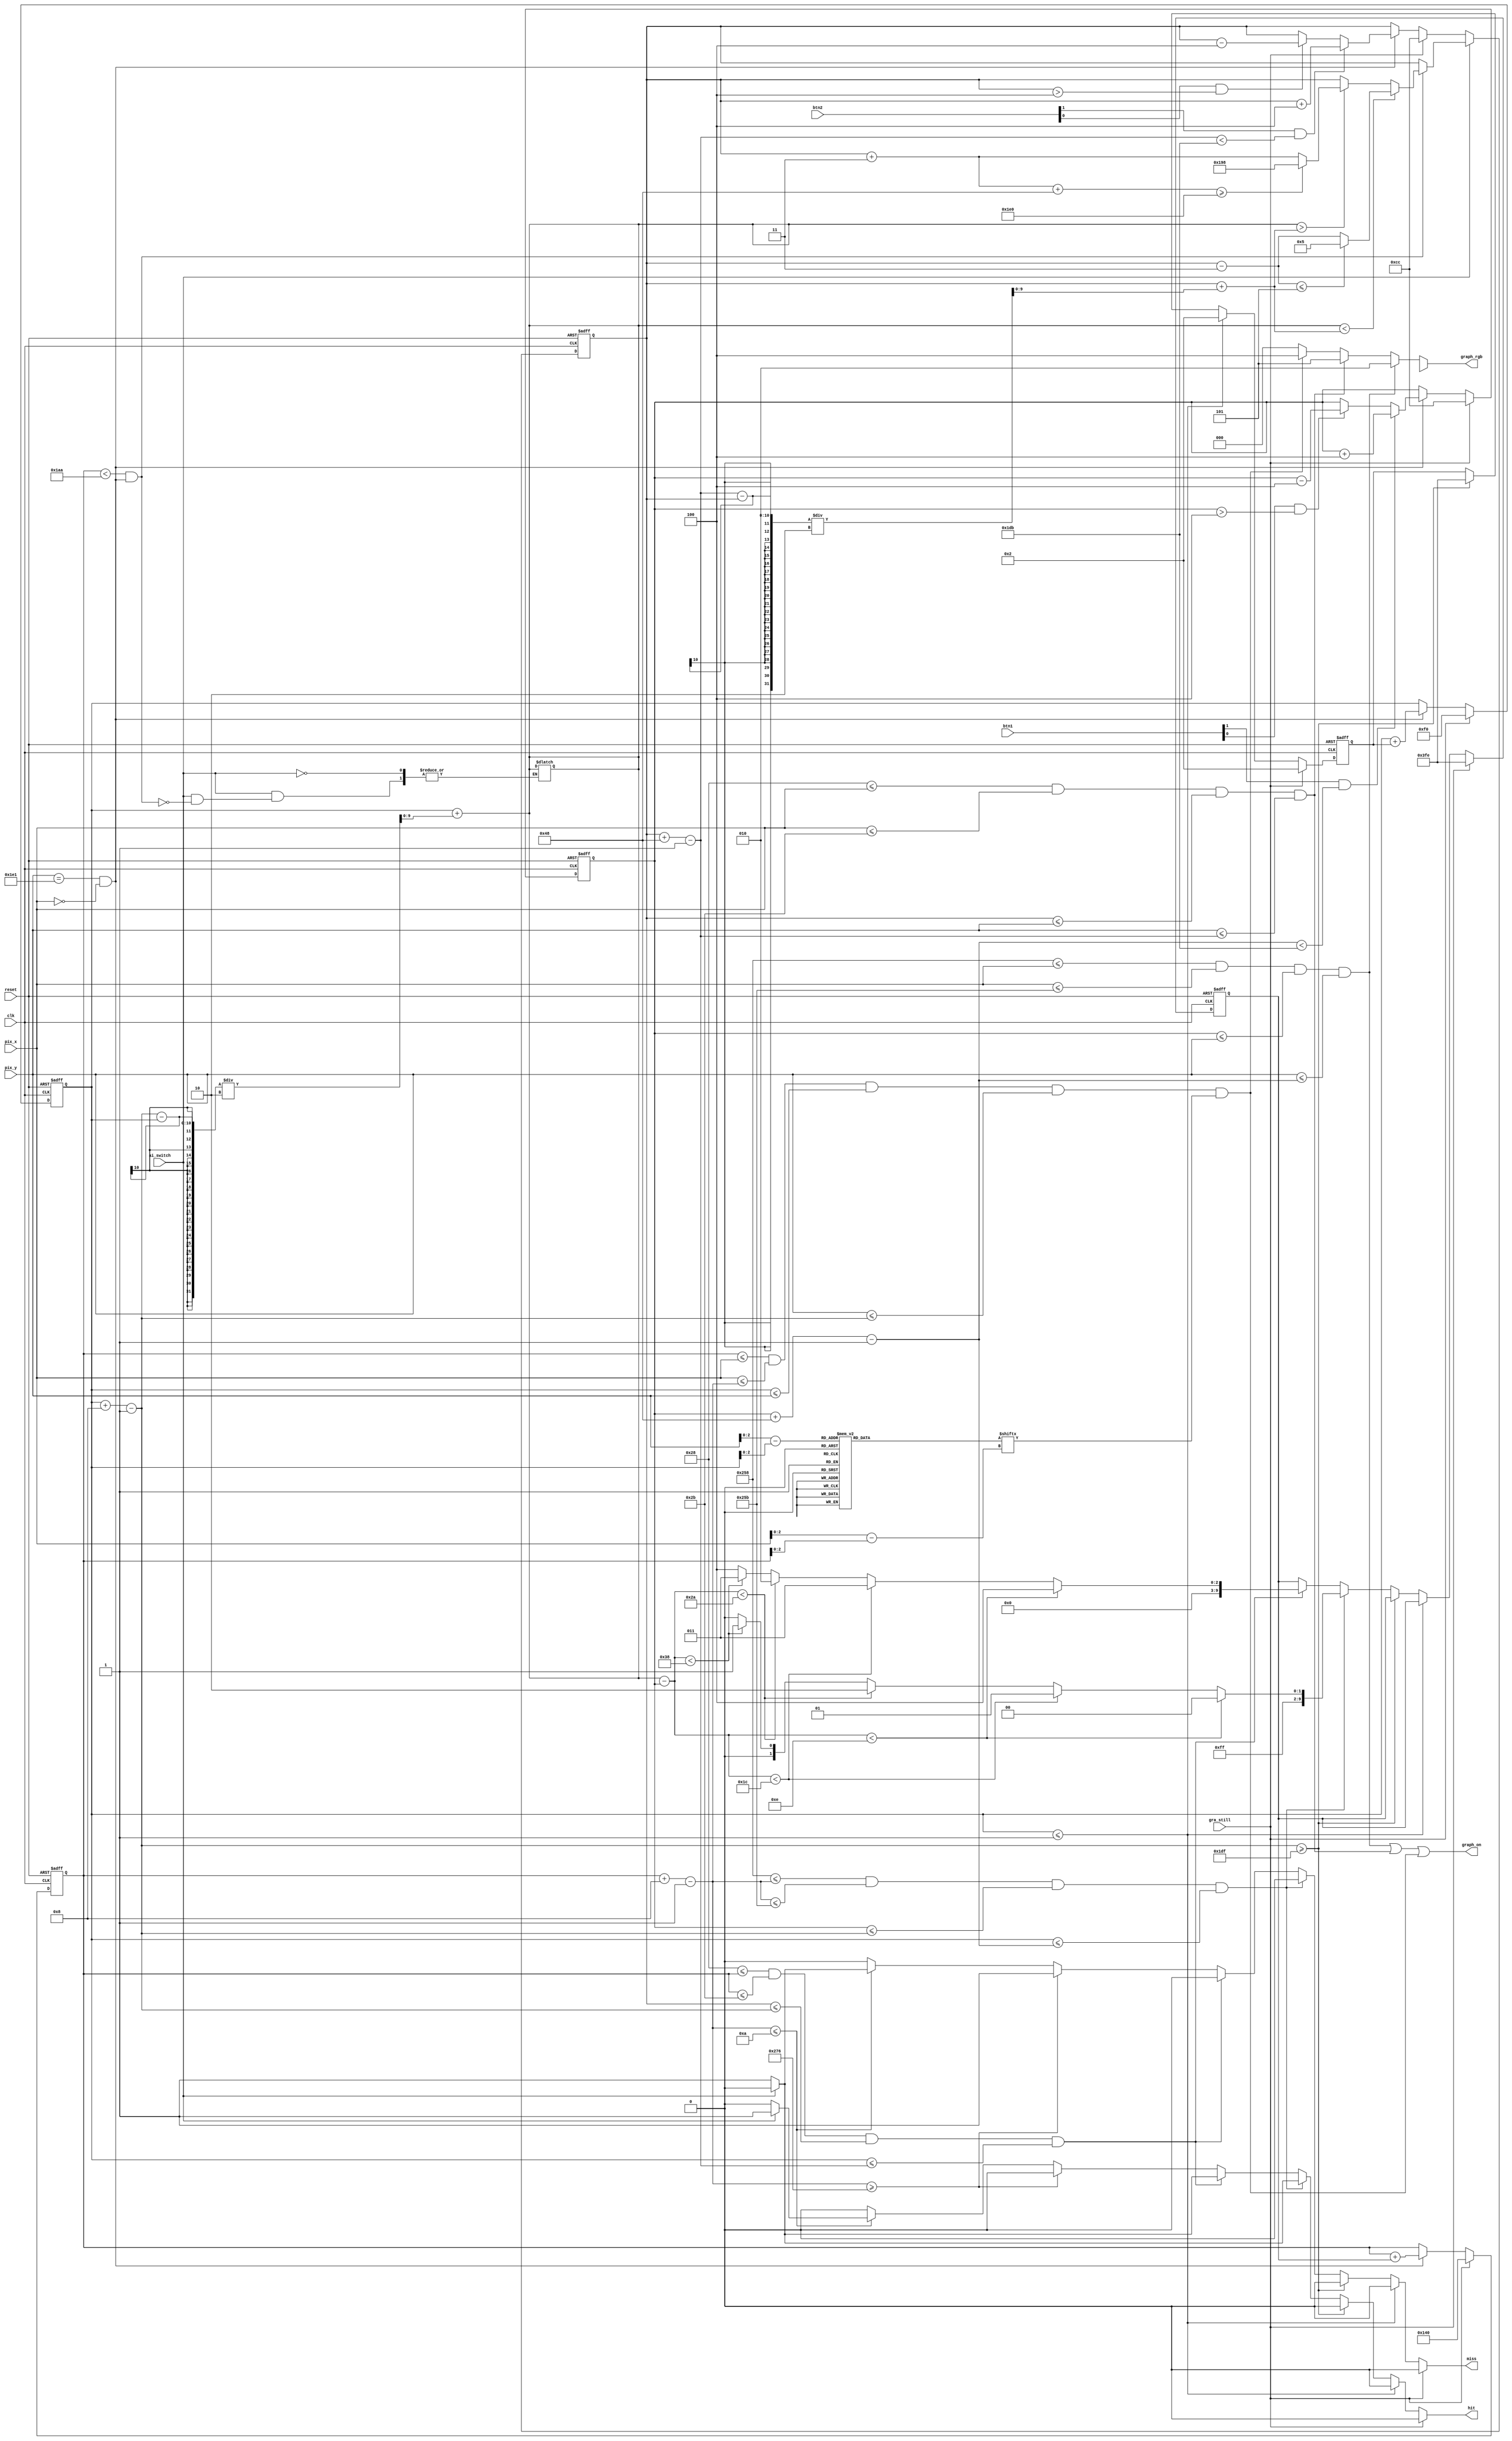
// Listing 14.7
module pong_graph 
   (
    input wire clk, reset,
    input wire [1:0] btn1,
    input wire [1:0] btn2,
    input wire ai_switch,
    input wire [9:0] pix_x, pix_y,
    input wire gra_still,
    output wire graph_on,
    output reg hit, miss,
    output reg [2:0] graph_rgb
   );

   // costant and signal declaration
   // x, y coordinates (0,0) to (639,479)
   localparam MAX_X = 640;
   localparam MAX_Y = 480;
   wire refr_tick;
   //--------------------------------------------
   // vertical strip as a wall
   //--------------------------------------------
   // wall left, right boundary
   //localparam WALL_X_L = 32;
   //localparam WALL_X_R = 35;
   //--------------------------------------------
   // right vertical bar
   //--------------------------------------------
   // bar left, right boundary
   localparam BARR_X_L = 600;
   localparam BARR_X_R = 603;
   // bar top, bottom boundary
   wire [9:0] barr_y_t, barr_y_b;
   localparam BARR_Y_SIZE = 72;
   // register to track top boundary  (x position is fixed)
   reg [9:0] barr_y_reg, barr_y_next;
   // bar moving velocity when the button are pressed
   localparam BARR_V = 4;
   //--------------------------------------------
   // left vertical bar
   //--------------------------------------------
   // bar left, right boundary
   localparam BARL_X_L = 40;
   localparam BARL_X_R = 43;
   // bar top, bottom boundary
   wire [9:0] barl_y_t, barl_y_b;
   localparam BARL_Y_SIZE = 72;
   // register to track top boundary  (x position is fixed)
   reg [9:0] barl_y_reg, barl_y_next;
   // bar moving velocity when the button are pressed
   localparam BARL_V = 4;
   //--------------------------------------------
   // square ball
   //--------------------------------------------
   localparam BALL_SIZE = 8;
   // ball left, right boundary
   wire [9:0] ball_x_l, ball_x_r;
   // ball top, bottom boundary
   wire [9:0] ball_y_t, ball_y_b;
   // reg to track left, top position
   reg [9:0] ball_x_reg, ball_y_reg;
   wire [9:0] ball_x_next, ball_y_next;
   // reg to track ball speed
   reg [9:0] x_delta_reg, x_delta_next;
   reg [9:0] y_delta_reg, y_delta_next;
   // ball velocity can be pos or neg)
   localparam BALL_V_P = 2;
   localparam BALL_V_N = -2;
   //--------------------------------------------
   // round ball 
   //--------------------------------------------
   wire [2:0] rom_addr, rom_col;
   reg [7:0] rom_data;
   wire rom_bit;
   //--------------------------------------------
   // object output signals
   //--------------------------------------------
   wire wall_on, barr_on, barl_on, sq_ball_on, rd_ball_on;
   wire [2:0] wall_rgb, barr_rgb, barl_rgb, ball_rgb;
   //--------------------------------------------
   // AI variables
   //--------------------------------------------
   reg [9:0] ball_center;
   reg [9:0] paddlel_center;
   reg [9:0] paddler_center;
   //--------------------------------------------
   // Angle varibles
   //--------------------------------------------
   reg [9:0] hit_point;
   // body 
   //--------------------------------------------
   // round ball image ROM
   //--------------------------------------------
   always @*
   case (rom_addr)
      3'h0: rom_data = 8'b00111100; //   ****
      3'h1: rom_data = 8'b01111110; //  ******
      3'h2: rom_data = 8'b11111111; // ********
      3'h3: rom_data = 8'b11111111; // ********
      3'h4: rom_data = 8'b11111111; // ********
      3'h5: rom_data = 8'b11111111; // ********
      3'h6: rom_data = 8'b01111110; //  ******
      3'h7: rom_data = 8'b00111100; //   ****
   endcase
   
   // registers
   always @(posedge clk, posedge reset)
      if (reset)
         begin
            barr_y_reg <= 0;
            barl_y_reg <= 0;
            ball_x_reg <= 0;
            ball_y_reg <= 0;
            x_delta_reg <= 10'h004;
            y_delta_reg <= 10'h004;
         end   
      else
         begin
            barr_y_reg <= barr_y_next;
            barl_y_reg <= barl_y_next;
            ball_x_reg <= ball_x_next;
            ball_y_reg <= ball_y_next;
            x_delta_reg <= x_delta_next;
            y_delta_reg <= y_delta_next;
         end   

   // refr_tick: 1-clock tick asserted at start of v-sync
   //       i.e., when the screen is refreshed (60 Hz)
   assign refr_tick = (pix_y==481) && (pix_x==0);
   
   // //--------------------------------------------
   // // (wall) left vertical strip
   // //--------------------------------------------
   // // pixel within wall
   // assign wall_on = (WALL_X_L<=pix_x) && (pix_x<=WALL_X_R);
   // // wall rgb output
   // assign wall_rgb = 3'b001; // blue

   //--------------------------------------------
   // right vertical bar
   //--------------------------------------------
   // boundary
   assign barr_y_t = barr_y_reg;
   assign barr_y_b = barr_y_t + BARR_Y_SIZE - 1;
   // pixel within bar
   assign barr_on = (BARR_X_L<=pix_x) && (pix_x<=BARR_X_R) &&
                   (barr_y_t<=pix_y) && (pix_y<=barr_y_b); 
   // bar rgb output
   assign barr_rgb = 3'b010; // green
   // new bar y-position
   always @*
   begin
      barr_y_next = barr_y_reg; // no move
      if (gra_still) // initial position of paddle
         barr_y_next = (MAX_Y-BARR_Y_SIZE)/2;
      else if (refr_tick)
         if (btn1[1] & (barr_y_b < (MAX_Y-1-BARR_V)))
            barr_y_next = barr_y_reg + BARR_V; // move down
         else if (btn1[0] & (barr_y_t > BARR_V)) 
            barr_y_next = barr_y_reg - BARR_V; // move up
   end  
   
   // //--------------------------------------------
   // // left vertical bar (HUMAN)
   // //--------------------------------------------
   // // boundary
   // assign barl_y_t = barl_y_reg;
   // assign barl_y_b = barl_y_t + BARL_Y_SIZE - 1;
   // // pixel within bar
   // assign barl_on = (BARL_X_L<=pix_x) && (pix_x<=BARL_X_R) &&
   //                 (barl_y_t<=pix_y) && (pix_y<=barl_y_b); 
   // // bar rgb output
   // assign barl_rgb = 3'b101; // purple
   // // new bar y-position
   // always @*
   // begin
   //    barl_y_next = barl_y_reg; // no move
   //    if (gra_still) // initial position of paddle
   //       barl_y_next = (MAX_Y-BARL_Y_SIZE)/2;
   //    else if (refr_tick)
   //       if (btn2[1] & (barl_y_b < (MAX_Y-1-BARL_V)))
   //          barl_y_next = barl_y_reg + BARL_V; // move down
   //       else if (btn2[0] & (barl_y_t > BARL_V)) 
   //          barl_y_next = barl_y_reg - BARL_V; // move up
   // end
   
   //--------------------------------------------
   // left vertical bar (AI/HUMAN)
   //--------------------------------------------
   // boundary
   assign barl_y_t = barl_y_reg;
   assign barl_y_b = barl_y_t + BARL_Y_SIZE - 1;
   // pixel within bar
   assign barl_on = (BARL_X_L<=pix_x) && (pix_x<=BARL_X_R) &&
                   (barl_y_t<=pix_y) && (pix_y<=barl_y_b); 
   // bar rgb output
   assign barl_rgb = 3'b101; // purple
   // new bar y-position
   always @*
   begin
      if (ai_switch)
         begin
            if (ball_x_l < 2*(MAX_X / 3) && refr_tick)
               begin
                  ball_center = ball_y_t + ((ball_y_b - ball_y_t) / 2);
                  paddlel_center = barl_y_t + ((barl_y_b - barl_y_t) / 2);
                  if (ball_center < paddlel_center)
                     begin
                        barl_y_next = barl_y_reg - 3; // move up
                        if (barl_y_next <= 5)
                           barl_y_next = 5;
                     end
                  else if (ball_center > paddlel_center)
                     begin
                        barl_y_next = barl_y_reg + 3; // move down
                        if (barl_y_next + BARL_Y_SIZE >= MAX_Y)
                           barl_y_next = MAX_Y - BARL_Y_SIZE;
                     end
                  else
                     barl_y_next = barl_y_reg; // no move
               end
            else
               barl_y_next = barl_y_reg; // no move
         end
      else
         begin
            barl_y_next = barl_y_reg; // no move
            if (gra_still) // initial position of paddle
               barl_y_next = (MAX_Y-BARL_Y_SIZE)/2;
            else if (refr_tick)
               if (btn2[1] && (barl_y_b < (MAX_Y-1-BARL_V)))
                  barl_y_next = barl_y_reg + BARL_V; // move down
               else if (btn2[0] && (barl_y_t > BARL_V)) 
                  barl_y_next = barl_y_reg - BARL_V; // move up
         end
   end
   
   //--------------------------------------------
   // square ball
   //--------------------------------------------
   // boundary
   assign ball_x_l = ball_x_reg;
   assign ball_y_t = ball_y_reg;
   assign ball_x_r = ball_x_l + BALL_SIZE - 1;
   assign ball_y_b = ball_y_t + BALL_SIZE - 1;
   // pixel within ball
   assign sq_ball_on =
            (ball_x_l<=pix_x) && (pix_x<=ball_x_r) &&
            (ball_y_t<=pix_y) && (pix_y<=ball_y_b);
   // map current pixel location to ROM addr/col
   assign rom_addr = pix_y[2:0] - ball_y_t[2:0];
   assign rom_col = pix_x[2:0] - ball_x_l[2:0];
   assign rom_bit = rom_data[rom_col];
   // pixel within ball
   assign rd_ball_on = sq_ball_on & rom_bit;
   // ball rgb output
   assign ball_rgb = 3'b100;   // black
  
   // new ball position
   assign ball_x_next = (gra_still) ? MAX_X/2 :
                        (refr_tick) ? ball_x_reg+x_delta_reg :
                        ball_x_reg ;
   assign ball_y_next = (gra_still) ? MAX_Y/2 :
                        (refr_tick) ? ball_y_reg+y_delta_reg :
                        ball_y_reg ;
   // new ball velocity
   always @*   
   begin
      hit = 1'b0;
      miss = 1'b0;
      x_delta_next = x_delta_reg;
      y_delta_next = y_delta_reg;
      
      ball_center = ball_y_t + ((ball_y_b - ball_y_t) / 2);
      
      if (gra_still)     // initial velocity
         begin
            x_delta_next = BALL_V_N;
            y_delta_next = BALL_V_P;
         end   
      else if (ball_y_t <= 1) // reach top
         y_delta_next = BALL_V_P;
      else if (ball_y_b >= (MAX_Y-1)) // reach bottom
         y_delta_next = BALL_V_N;
      else if ((BARR_X_L<=ball_x_r) && (ball_x_r<=BARR_X_R) &&
               (barr_y_t<=ball_y_b) && (ball_y_t<=barr_y_b))
         begin
            // reach x of right bar and hit, ball bounce back
            //x_delta_next = BALL_V_N;
            hit_point = ball_center - barr_y_t;
            if (hit_point < (BARR_Y_SIZE / 5))
               x_delta_next = -4;
            else if (hit_point < 2*(BARR_Y_SIZE / 5))
               x_delta_next = -3;
            else if (hit_point < 3*(BARR_Y_SIZE / 5))
               x_delta_next = -2;
            else if (hit_point < 4*(BARR_Y_SIZE / 5))
               x_delta_next = -3;
            else
               x_delta_next = -4;
               
            if (ai_switch)
               hit = 1'b0;
            else
               hit = 1'b1;
         end
      else if ((BARL_X_L<=ball_x_l) && (ball_x_l<=BARL_X_R) &&
               (barl_y_t<=ball_y_b) && (ball_y_t<=barl_y_b))
         begin
            // reach x of left bar and hit, ball bounce back
            //x_delta_next = BALL_V_P;
            hit_point = ball_center - barr_y_t;
            if (hit_point < (BARR_Y_SIZE / 5))
               x_delta_next = 4;
            else if (hit_point < 2*(BARR_Y_SIZE / 5))
               x_delta_next = 3;
            else if (hit_point < 3*(BARR_Y_SIZE / 5))
               x_delta_next = 2;
            else if (hit_point < 4*(BARR_Y_SIZE / 5))
               x_delta_next = 3;
            else
               x_delta_next = 4;
               
            if (ai_switch)
               hit = 1'b0;
            else
               hit = 1'b1;
         end
      else if (ball_x_r >= MAX_X - 10)   // reach right border
         miss = 1'b1;            // a miss
      else if (ball_x_r <= 10)   // reach left border
         begin
            if (ai_switch)
               hit = 1'b1;
            else
               miss = 1'b1;
         end
   end 

   //--------------------------------------------
   // rgb multiplexing circuit
   //--------------------------------------------
   always @* 
      if (wall_on)
         graph_rgb = wall_rgb;
      else if (barr_on)
         graph_rgb = barr_rgb;
      else if (barl_on)
         graph_rgb = barl_rgb;
      else if (rd_ball_on)
         graph_rgb = ball_rgb;
      else
         graph_rgb = 3'b000; // black background
   // new graphic_on signal
   //assign graph_on = wall_on | barr_on | barl_on | rd_ball_on;
   assign graph_on =  barr_on | barl_on | rd_ball_on;

endmodule